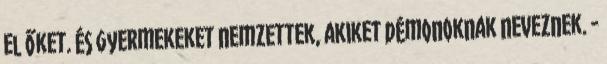
el őket. És gyermekeket nemzettek, akiket démonoknak neveznek. -